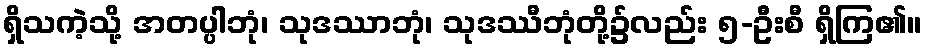
ရှိသကဲ့သို့ အတပ္ပါဘုံ၊ သုဒဿာဘုံ၊ သုဒဿီဘုံတို့၌လည်း ၅-ဦးစီ ရှိကြ၏။